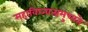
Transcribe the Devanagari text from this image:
महाविघ्नात्प्रमुच्यते